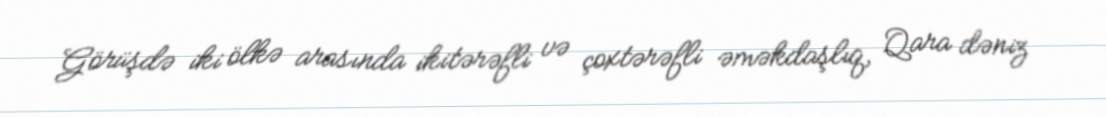
Görüşdə iki ölkə arasında ikitərəfli və çoxtərəfli əməkdaşlıq, Qara dəniz